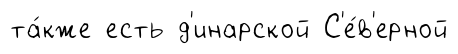
та́кже есть д'инарской С'е́в'ерной